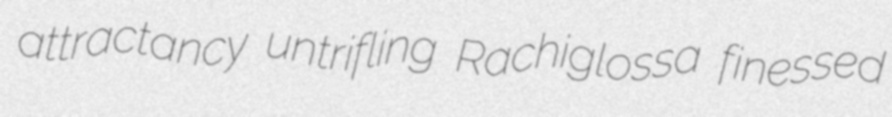
attractancy untrifling Rachiglossa finessed